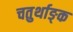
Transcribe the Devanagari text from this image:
चतुर्थाङ्क